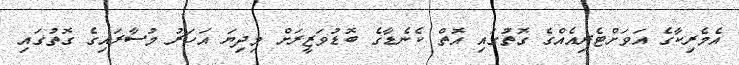
އެމެރިކާގެ އަވަށްޓެރިއެއްގެ ގޮތުގައި އޮތް ކެނެޑާގެ ބޮޑުވަޒީރަށް މިދިޔަ އަހަރު މުސާރައިގެ ގޮތުގައި